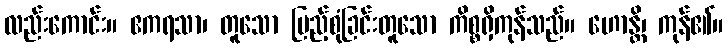
လည်းကောင်း။ ဧကရသာ၊ တူသော ပြည့်စုံခြင်းတူသော ကိစ္စရှိကုန်သည်။ ဟောန္တိ၊ ကုန်၏။